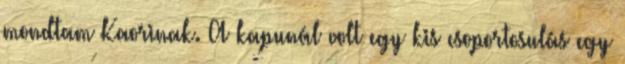
mondtam Kaorinak. A kapunál volt egy kis csoportosulás egy